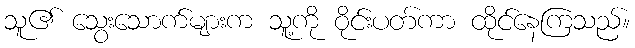
သူ၏ သွေးသောက်များက သူ့ကို ဝိုင်းပတ်ကာ ထိုင်နေကြသည်။